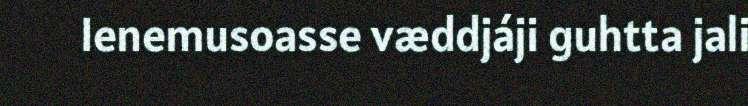
Ienemusoasse væddjáji guhtta jali